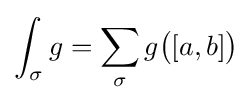
\int _{\sigma }g=\sum _{\sigma }g{\big (}[a,b]{\big )}